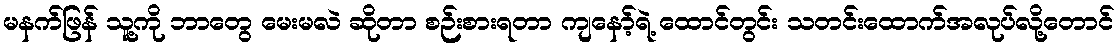
မနက်ဖြန် သူ့ကို ဘာတွေ မေးမလဲ ဆိုတာ စဉ်းစားရတာ ကျနော့်ရဲ့ ထောင်တွင်း သတင်းထောက်အလုပ်လို့တောင်